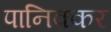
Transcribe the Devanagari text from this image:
पानिक्कर